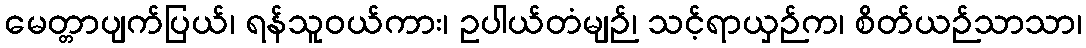
မေတ္တာပျက်ပြယ်၊ ရန်သူဝယ်ကား၊ ဥပါယ်တံမျဉ်၊ သင့်ရာယှဉ်က၊ စိတ်ယဉ်သာသာ၊